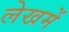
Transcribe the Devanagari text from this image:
लेखमें